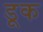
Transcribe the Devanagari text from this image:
डूक